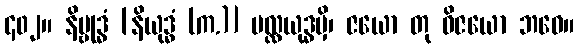
၄၀၂။ နိဗ္ဗုဒ္ဓံ [နိယုဒ္ဓံ (က.)] မလ္လယုဒ္ဓမှိ၊ ဇယော တု ဝိဇယော ဘဝေ။